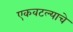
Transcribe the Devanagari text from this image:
एकवटल्याचे